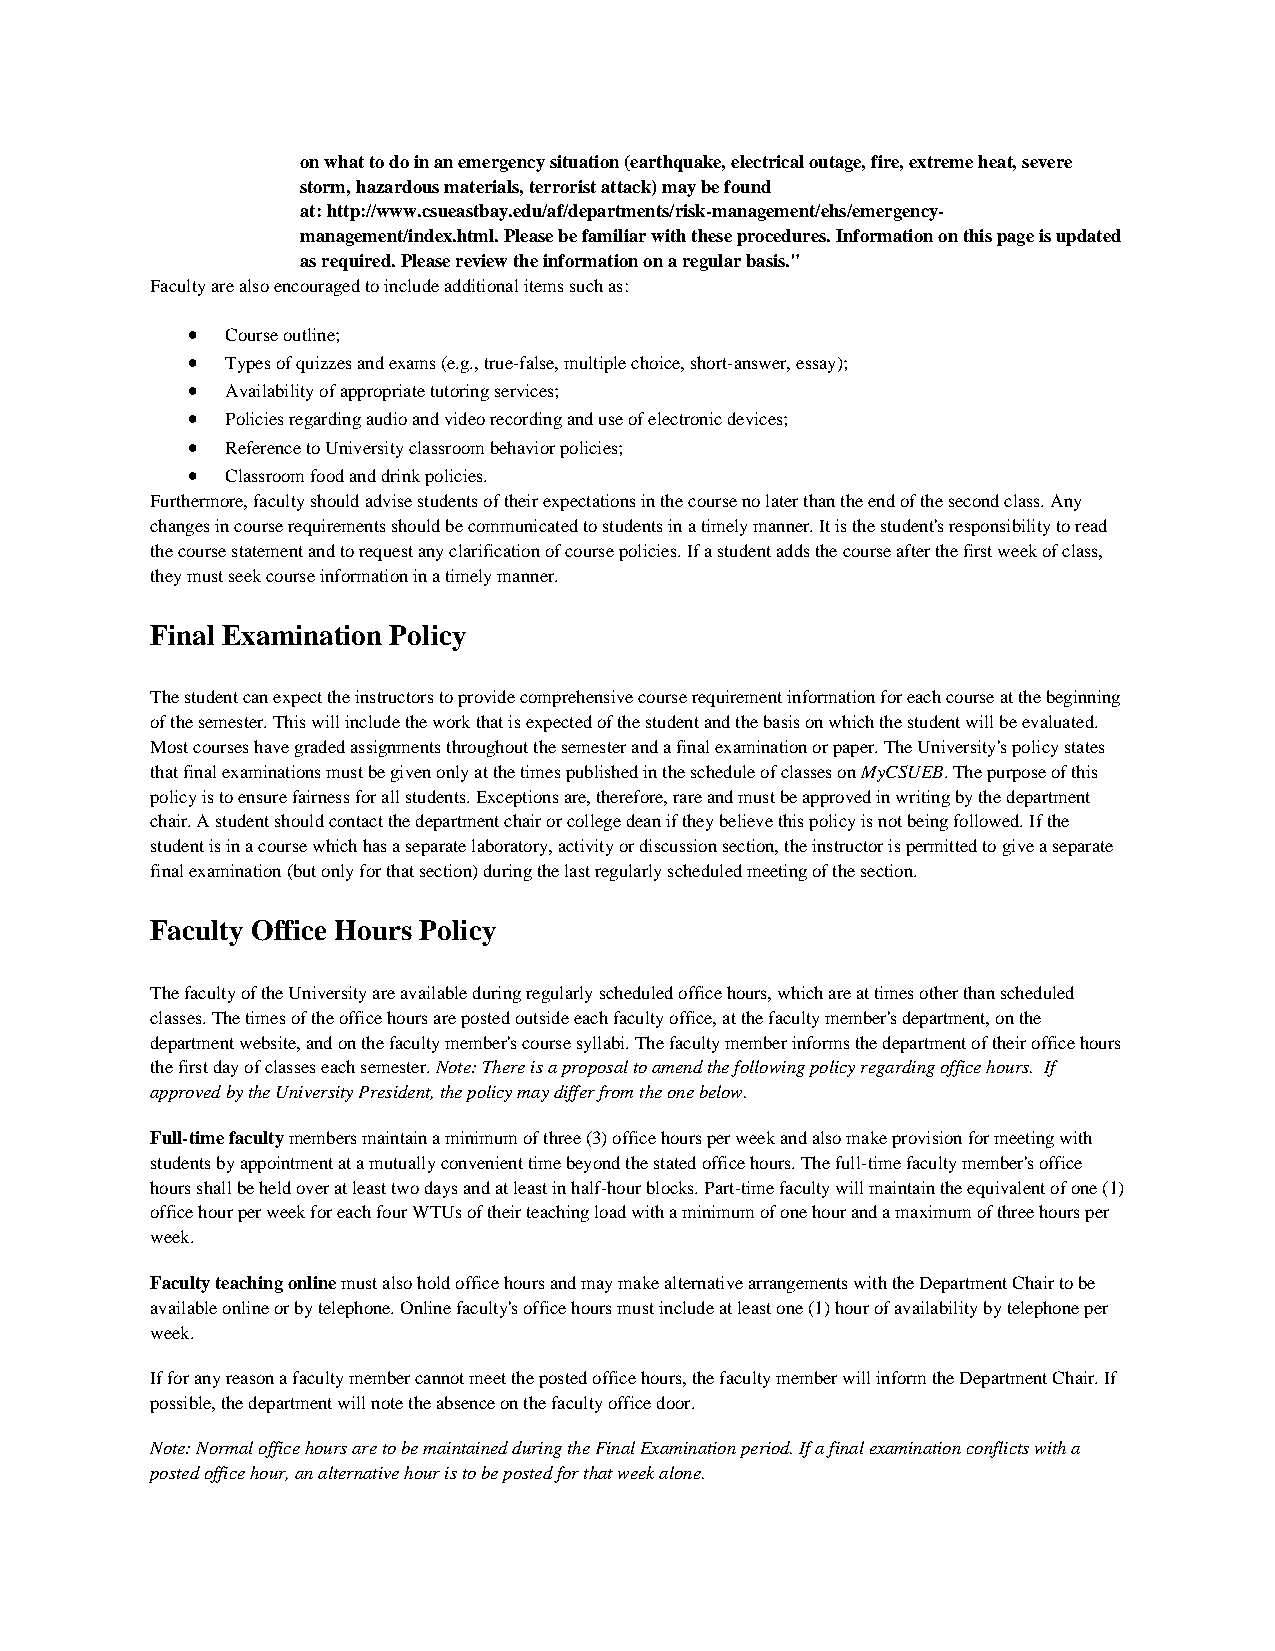
on what to do in an emergency situation (earthquake, electrical outage, fire, extreme heat, severe
 storm, hazardous materials, terrorist attack) may be found
 at: http://www.csueastbay.edu/af/departments/risk-management/ehs/emergency-
 management/index.html. Please be familiar with these procedures. Information on this page is updated
 as required. Please review the information on a regular basis."
 Faculty are also encouraged to include additional items such as:
 •  Course outline;
 •  Types of quizzes and exams (e.g., true-false, multiple choice, short-answer, essay);
 •  Availability of appropriate tutoring services;
 •  Policies regarding audio and video recording and use of electronic devices;
 •  Reference to University classroom behavior policies;
 •  Classroom food and drink policies.
 Furthermore, faculty should advise students of their expectations in the course no later than the end of the second class. Any
 changes in course requirements should be communicated to students in a timely manner. It is the student's responsibility to read
 the course statement and to request any clarification of course policies. If a student adds the course after the first week of class,
 they must seek course information in a timely manner.
 Final Examination Policy
 The student can expect the instructors to provide comprehensive course requirement information for each course at the beginning
 of the semester. This will include the work that is expected of the student and the basis on which the student will be evaluated.
 Most courses have graded assignments throughout the semester and a final examination or paper. The University's policy states
 that final examinations must be given only at the times published in the schedule of classes on MyCSUEB. The purpose of this
 policy is to ensure fairness for all students. Exceptions are, therefore, rare and must be approved in writing by the department
 chair. A student should contact the department chair or college dean if they believe this policy is not being followed. If the
 student is in a course which has a separate laboratory, activity or discussion section, the instructor is permitted to give a separate
 final examination (but only for that section) during the last regularly scheduled meeting of the section.
 Faculty Office Hours Policy
 The faculty of the University are available during regularly scheduled office hours, which are at times other than scheduled
 classes. The times of the office hours are posted outside each faculty office, at the faculty member's department, on the
 department website, and on the faculty member's course syllabi. The faculty member informs the department of their office hours
 the first day of classes each semester. Note: There is a proposal to amend the following policy regarding office hours. If
 approved by the University President, the policy may differ from the one below.
 Full-time faculty members maintain a minimum of three (3) office hours per week and also make provision for meeting with
 students by appointment at a mutually convenient time beyond the stated office hours. The full-time faculty member's office
 hours shall be held over at least two days and at least in half-hour blocks. Part-time faculty will maintain the equivalent of one (1)
 office hour per week for each four WTUs of their teaching load with a minimum of one hour and a maximum of three hours per
 week.
 Faculty teaching online must also hold office hours and may make alternative arrangements with the Department Chair to be
 available online or by telephone. Online faculty's office hours must include at least one (1) hour of availability by telephone per
 week.
 If for any reason a faculty member cannot meet the posted office hours, the faculty member will inform the Department Chair. If
 possible, the department will note the absence on the faculty office door.
 Note: Normal office hours are to be maintained during the Final Examination period. If a final examination conflicts with a
 posted office hour, an alternative hour is to be posted for that week alone.